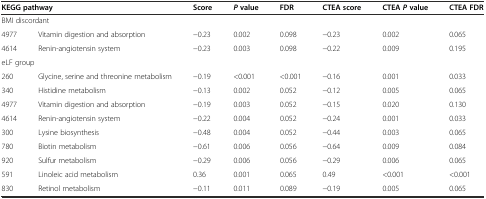
<table><thead><tr><td colspan="2"><b>KEGG pathway</b></td><td><b>Score</b></td><td><b><i>P</i>value</b></td><td><b>FDR</b></td><td><b>CTEA score</b></td><td><b>CTEA<i>P</i>value</b></td><td><b>CTEA FDR</b></td></tr></thead><tbody><tr><td colspan="2">BMI discordant</td><td></td><td></td><td></td><td></td><td></td><td></td></tr><tr><td>4977</td><td>Vitamin digestion and absorption</td><td>−0.23</td><td>0.002</td><td>0.098</td><td>−0.23</td><td>0.002</td><td>0.065</td></tr><tr><td>4614</td><td>Renin-angiotensin system</td><td>−0.23</td><td>0.003</td><td>0.098</td><td>−0.22</td><td>0.009</td><td>0.195</td></tr><tr><td colspan="2">eLF group</td><td></td><td></td><td></td><td></td><td></td><td></td></tr><tr><td>260</td><td>Glycine, serine and threonine metabolism</td><td>−0.19</td><td>&lt;0.001</td><td>&lt;0.001</td><td>−0.16</td><td>0.001</td><td>0.033</td></tr><tr><td>340</td><td>Histidine metabolism</td><td>−0.13</td><td>0.002</td><td>0.052</td><td>−0.12</td><td>0.005</td><td>0.065</td></tr><tr><td>4977</td><td>Vitamin digestion and absorption</td><td>−0.19</td><td>0.003</td><td>0.052</td><td>−0.15</td><td>0.020</td><td>0.130</td></tr><tr><td>4614</td><td>Renin-angiotensin system</td><td>−0.22</td><td>0.004</td><td>0.052</td><td>−0.24</td><td>0.001</td><td>0.033</td></tr><tr><td>300</td><td>Lysine biosynthesis</td><td>−0.48</td><td>0.004</td><td>0.052</td><td>−0.44</td><td>0.003</td><td>0.065</td></tr><tr><td>780</td><td>Biotin metabolism</td><td>−0.61</td><td>0.006</td><td>0.056</td><td>−0.64</td><td>0.009</td><td>0.084</td></tr><tr><td>920</td><td>Sulfur metabolism</td><td>−0.29</td><td>0.006</td><td>0.056</td><td>−0.29</td><td>0.006</td><td>0.065</td></tr><tr><td>591</td><td>Linoleic acid metabolism</td><td>0.36</td><td>0.001</td><td>0.065</td><td>0.49</td><td>&lt;0.001</td><td>&lt;0.001</td></tr><tr><td>830</td><td>Retinol metabolism</td><td>−0.11</td><td>0.011</td><td>0.089</td><td>−0.19</td><td>0.005</td><td>0.065</td></tr></tbody></table>